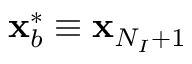
\mathbf { x } _ { b } ^ { * } \equiv \mathbf { x } _ { N _ { I } + 1 }